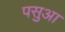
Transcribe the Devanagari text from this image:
पसुआ